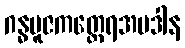
ဂန္ဓပူဇကတ္ထေရအပဒါန